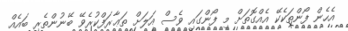
އެހެން ފޯންތަކެކޭ އެއްގޮތަށް މި ފޯންގައި ވެސް އަލަށް ތަޢާރަފްކުރެވޭ ބޭނުންތެރި ބައެއް